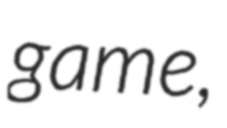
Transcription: game,